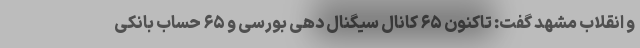
و انقلاب مشهد گفت: تاکنون ۶۵ کانال سیگنال دهی بورسی و ۶۵ حساب بانکی